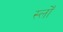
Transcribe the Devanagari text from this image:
स्लोँ